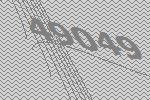
49049